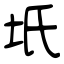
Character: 坁